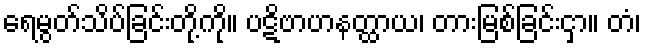
ရေမွတ်သိပ်ခြင်းတို့ကို။ ပဋိဗာဟနတ္ထာယ၊ တားမြစ်ခြင်းငှာ။ တံ၊